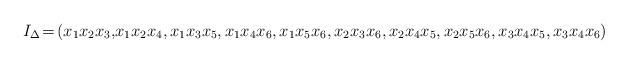
LaTeX: \begin{align*}I_\Delta \!=\! (x_1 x_2 x_3,\! x_1 x_2 x_4, x_1 x_3 x_5, x_1 x_4 x_6, x_1 x_5 x_6, x_2 x_3 x_6, x_2 x_4 x_5, x_2 x_5 x_6, x_3 x_4 x_5, x_3 x_4 x_6)\end{align*}